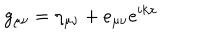
LaTeX: g _ { \mu \nu } = \eta _ { \mu \nu } + e _ { \mu \nu } e ^ { i k x }